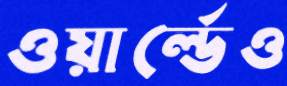
ওয়ার্ল্ডেও